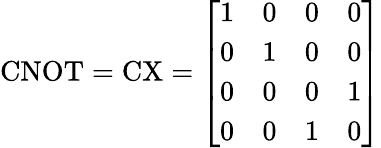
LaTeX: {\mathrm{CNOT}}={\mathrm{CX}}={\left[\begin{array}{llll}{1}&{0}&{0}&{0}\\ {0}&{1}&{0}&{0}\\ {0}&{0}&{0}&{1}\\ {0}&{0}&{1}&{0}\end{array}\right]}